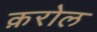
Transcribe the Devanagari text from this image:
क़रोल